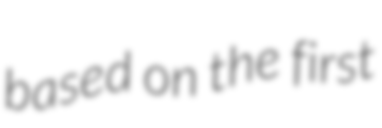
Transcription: based on the first